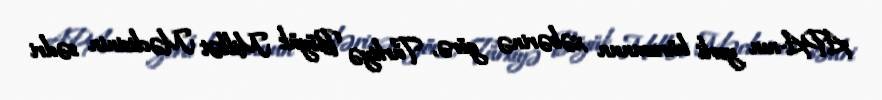
APA-nın yerli bürosunun xəbərinə görə, Türkiyə Böyük Millət Məclisinin sədri